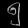
Digit: ၅